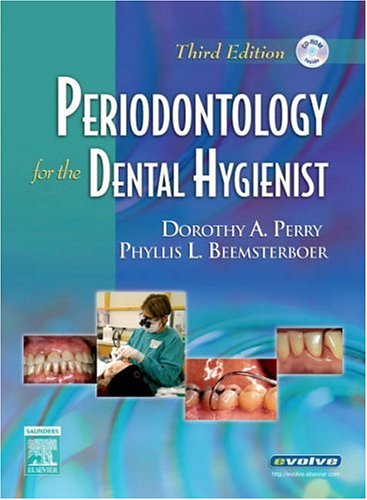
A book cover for Periodontology for the Dental Hygienist, 3e (Perry, Periodontology for the Dental Hygienist); Dorothy A. Perry RDH  PhD; Medical Books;